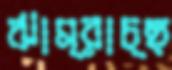
ঝাম্‌রাচ্ছ